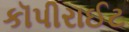
કૉપીરાઈટ